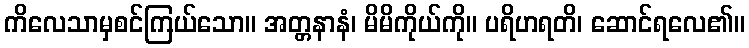
ကိလေသာမှစင်ကြယ်သော။ အတ္တနာနံ၊ မိမိကိုယ်ကို။ ပရိဟရတိ၊ ဆောင်ရလေ၏။